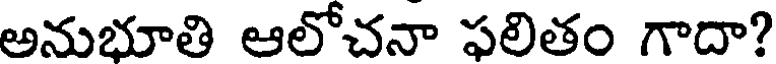
అనుభూతి ఆలోచనా ఫలితం గాదా?